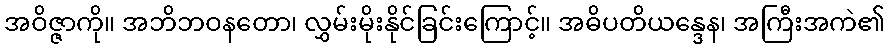
အဝိဇ္ဇာကို။ အဘိဘဝနတော၊ လွှမ်းမိုးနိုင်ခြင်းကြောင့်။ အဓိပတိယန္ဒေန၊ အကြီးအကဲ၏